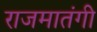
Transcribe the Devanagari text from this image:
राजमातंगी